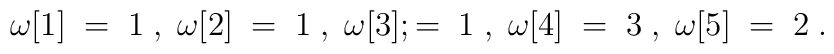
\omega [1] \;=\; 1  \;,\; \omega [2] \;=\; 1  \;,\;\omega [3] ;=\; 1  \;,\; \omega [4] \;=\; 3  \;,\;\omega [5] \;=\; 2  \;.